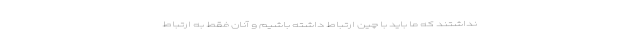
نداشتند که ما باید با چین ارتباط داشته باشیم و آنان فقط به ارتباط